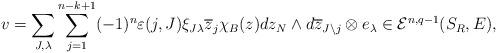
LaTeX: \begin{align*} v=\sum_{J,\lambda}\sum^{n-k+1}_{j=1}(-1)^n\varepsilon(j,J)\xi_{J\lambda}\overline{z}_j\chi_B(z)dz_N\wedge d\overline{z}_{J\setminus j}\otimes e_\lambda\in\mathcal{E}^{n,q-1}(S_R,E), \end{align*}